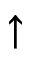
\uparrow